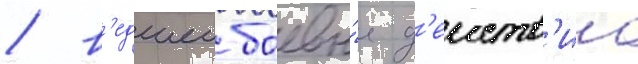
/ в'едшеи боевы́е д'еиств'иа